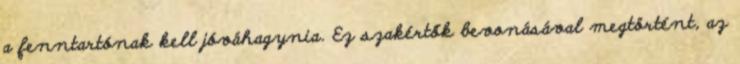
a fenntartónak kell jóváhagynia. Ez szakértők bevonásával megtörtént, az